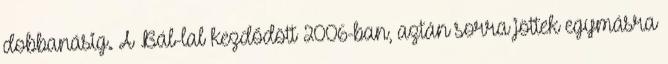
dobbanásig. A Bál-lal kezdődött 2006-ban, aztán sorra jöttek egymásra